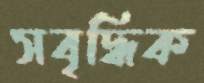
সবৃদ্ধিক